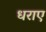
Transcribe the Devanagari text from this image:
धराए